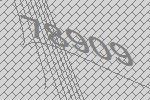
78909